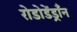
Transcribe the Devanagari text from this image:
रोडोडेंड्राँन